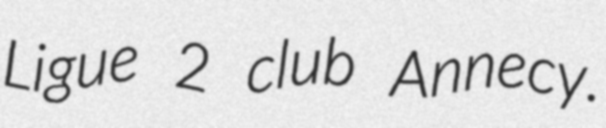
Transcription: Ligue 2 club Annecy.